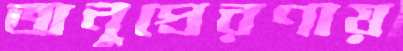
অনুপ্রেরণায়